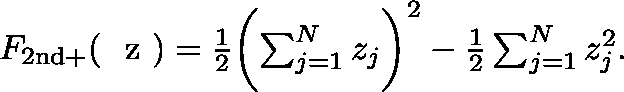
\begin{array} { r } { F _ { \mathrm { 2 n d + } } ( \mathrm { ~ \boldmath ~ z ~ } ) = \frac { 1 } { 2 } \biggl ( \sum _ { j = 1 } ^ { N } z _ { j } \biggr ) ^ { 2 } - \frac { 1 } { 2 } \sum _ { j = 1 } ^ { N } z _ { j } ^ { 2 } . } \end{array}